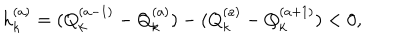
h _ { k } ^ { ( a ) } = ( Q _ { k } ^ { ( a - 1 ) } - Q _ { k } ^ { ( a ) } ) - ( Q _ { k } ^ { ( a ) } - Q _ { k } ^ { ( a + 1 ) } ) < 0 ,